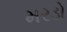
મરડો